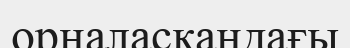
орналасқандағы